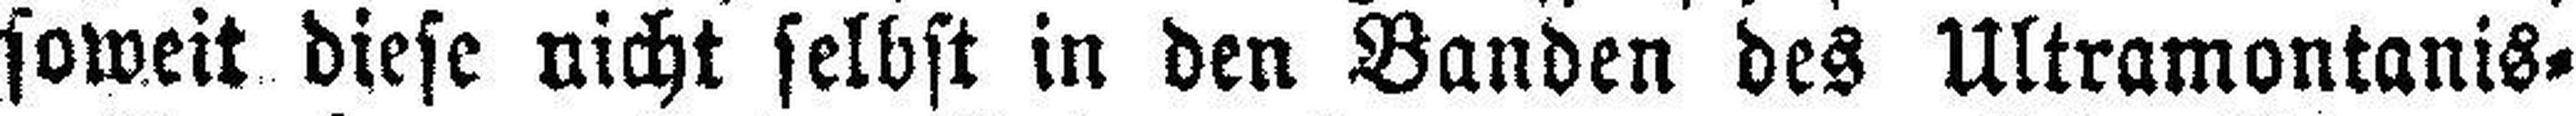
soweit diese nicht selbst in den Banden des Ultramontanis¬